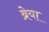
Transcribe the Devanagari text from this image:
ब्रेया